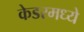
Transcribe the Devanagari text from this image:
केडरमध्ये